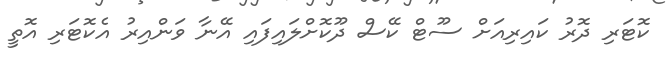
ކޮޓަރި ދޮރު ކައިރިއަށް ސޫޓް ކޭސް ދޫކޮށްލައިފައި އޭނާ ވަންއިރު އެކޮޓަރި އޮތީ